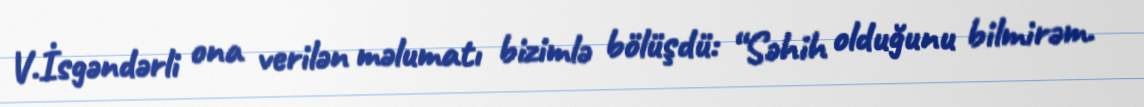
V.İsgəndərli ona verilən məlumatı bizimlə bölüşdü: “Səhih olduğunu bilmirəm.